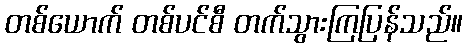
တစ်ယောက် တစ်ပင်စီ တက်သွားကြပြန်သည်။